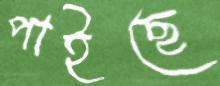
পাইছে